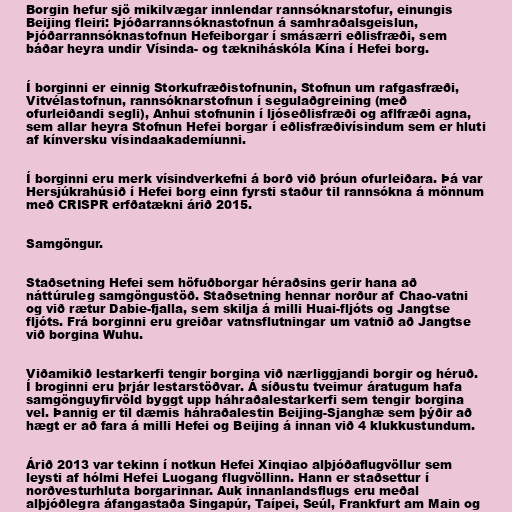
Borgin hefur sjö mikilvægar innlendar rannsóknarstofur, einungis
Beijing fleiri: Þjóðarrannsóknastofnun á samhraðalsgeislun,
Þjóðarrannsóknastofnun Hefeiborgar í smásærri eðlisfræði, sem
báðar heyra undir Vísinda- og tækniháskóla Kína í Hefei borg.

Í borginni er einnig Storkufræðistofnunin, Stofnun um rafgasfræði,
Vitvélastofnun, rannsóknarstofnun í segulaðgreining (með
ofurleiðandi segli), Anhui stofnunin í ljóseðlisfræði og aflfræði agna,
sem allar heyra Stofnun Hefei borgar í eðlisfræðivísindum sem er hluti
af kínversku vísindaakademíunni.

Í borginni eru merk vísindverkefni á borð við þróun ofurleiðara. Þá var
Hersjúkrahúsið í Hefei borg einn fyrsti staður til rannsókna á mönnum
með CRISPR erfðatækni árið 2015.

Samgöngur.

Staðsetning Hefei sem höfuðborgar héraðsins gerir hana að
náttúruleg samgöngustöð. Staðsetning hennar norður af Chao-vatni
og við rætur Dabie-fjalla, sem skilja á milli Huai-fljóts og Jangtse
fljóts. Frá borginni eru greiðar vatnsflutningar um vatnið að Jangtse
við borgina Wuhu.

Viðamikið lestarkerfi tengir borgina við nærliggjandi borgir og héruð.
Í broginni eru þrjár lestarstöðvar. Á síðustu tveimur áratugum hafa
samgönguyfirvöld byggt upp háhraðalestarkerfi sem tengir borgina
vel. Þannig er til dæmis háhraðalestin Beijing-Sjanghæ sem þýðir að
hægt er að fara á milli Hefei og Beijing á innan við 4 klukkustundum.

Árið 2013 var tekinn í notkun Hefei Xinqiao alþjóðaflugvöllur sem
leysti af hólmi Hefei Luogang flugvöllinn. Hann er staðsettur í
norðvesturhluta borgarinnar. Auk innanlandsflugs eru meðal
alþjóðlegra áfangastaða Singapúr, Taípei, Seúl, Frankfurt am Main og